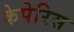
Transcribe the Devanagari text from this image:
केपेरिस